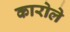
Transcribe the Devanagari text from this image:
कारोले